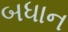
બધાન